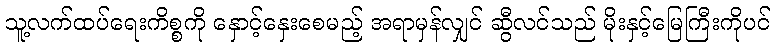
သူ့လက်ထပ်ရေးကိစ္စကို နှောင့်နှေးစေမည့် အရာမှန်လျှင် ဆွီလင်သည် မိုးနှင့်မြေကြီးကိုပင်